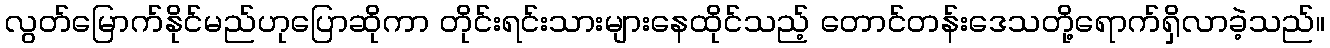
လွတ်မြောက်နိုင်မည်ဟုပြောဆိုကာ တိုင်းရင်းသားများနေထိုင်သည့် တောင်တန်းဒေသတို့ရောက်ရှိလာခဲ့သည်။